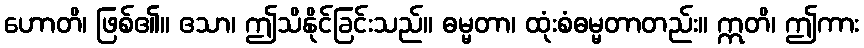
ဟောတိ၊ ဖြစ်၏။ ဧသာ၊ ဤသိနိုင်ခြင်းသည်။ ဓမ္မတာ၊ ထုံးစံဓမ္မတာတည်း။ ဣတိ၊ ဤကား